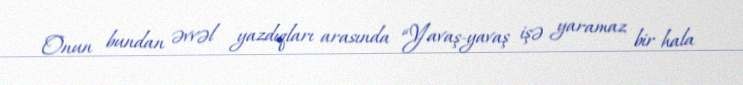
Onun bundan əvvəl yazdıqları arasında “Yavaş-yavaş işə yaramaz bir hala